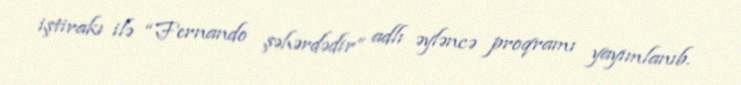
iştirakı ilə “Fernando şəhərdədir” adlı əyləncə proqramı yayımlanıb.